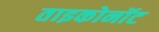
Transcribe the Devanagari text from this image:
ताइकोनॉट